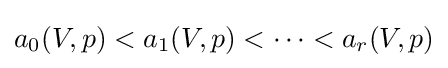
a_{0}(V,p)<a_{1}(V,p)<\cdots <a_{r}(V,p)